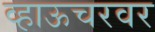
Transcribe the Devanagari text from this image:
व्हाऊचरवर